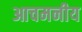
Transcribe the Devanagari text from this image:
आचमनीय